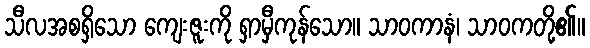
သီလအစရှိသော ကျေးဇူးကို ရှာမှီကုန်သော။ သာဝကာနံ၊ သာဝကတို့၏။